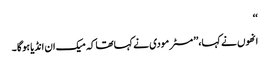
‘‘
انھوں نے کہا،’’ مسٹر مودی نے کہاتھا کہ میک ان انڈیا ہوگا ۔